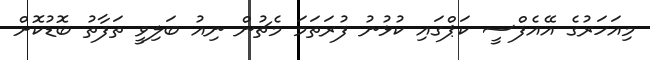
މިއަހަރުގެ އޭއެފްސީ ކަޕްގައި ކުޅުނު ފުރަތަމަ މެޗުން ނިއު ބަލިވީ ތަފާތު ބޮޑުކޮށް